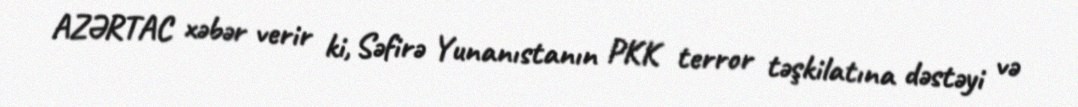
AZƏRTAC xəbər verir ki, Səfirə Yunanıstanın PKK terror təşkilatına dəstəyi və